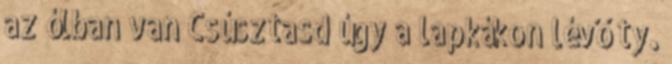
az ólban van Csúsztasd úgy a lapkákon lévő ty.